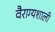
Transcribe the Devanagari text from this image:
वैराग्यशाली